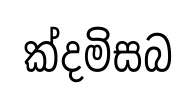
ක්දමිසබ